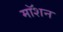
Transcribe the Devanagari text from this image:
माॅशन